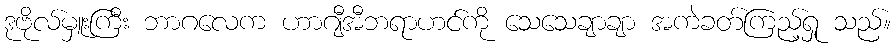
ဒုဗိုလ်မှူးကြီး ဘာဂလေက ဟာဂျီအီဘရာဟင်ကို သေသေချာချာ အကဲခတ်ကြည့်ရှု သည်။